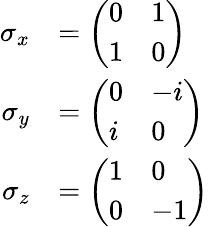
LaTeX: {\begin{array}{rl}{\sigma_{x}}&{={\left(\begin{array}{ll}{0}&{1}\\ {1}&{0}\end{array}\right)}}\\ {\sigma_{y}}&{={\left(\begin{array}{ll}{0}&{-i}\\ {i}&{0}\end{array}\right)}}\\ {\sigma_{z}}&{={\left(\begin{array}{ll}{1}&{0}\\ {0}&{-1}\end{array}\right)}}\end{array}}